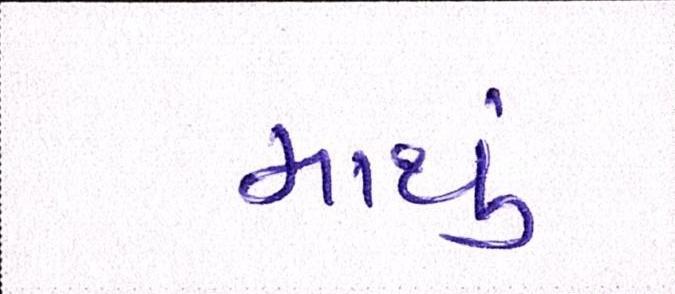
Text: માથું